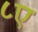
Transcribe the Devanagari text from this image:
८ए